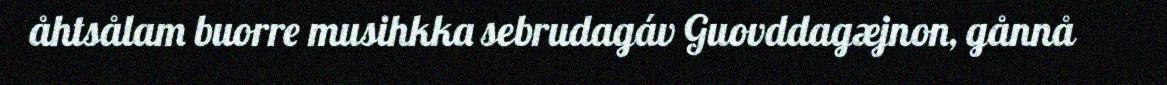
åhtsålam buorre musihkka sebrudagáv Guovddagæjnon, gånnå